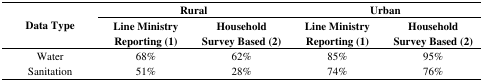
| <ROWSPAN=2> Data Type | <COLSPAN=2> Rural | <COLSPAN=2> Urban |
 | Line Ministry Reporting (1) | Household Survey Based (2) | Line Ministry Reporting (1) | Household Survey Based (2) |
 | --- | --- | --- | --- | --- |
 | Water | 68% | 62% | 85% | 95% |
 | Sanitation | 51% | 28% | 74% | 76% |